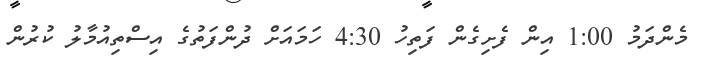
މެންދަމު 1:00 އިން ފެށިގެން ފަތިހު 4:30 ހަމައަށް ދުންފަތުގެ އިސްތިއުމާލު ކުރުން